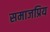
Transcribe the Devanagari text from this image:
समाजप्रिय